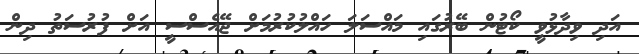
އަދި ވިދާޅުވީ ކޯޓުން ބޭރުގައި މައްސަލަ ހައްލުކުރުމަށް ޖޭއެސްސީ އަށް ފުރުސަތު ދިން